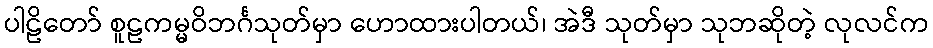
ပါဠိတော် စူဠကမ္မဝိဘင်္ဂသုတ်မှာ ဟောထားပါတယ်၊ အဲဒီ သုတ်မှာ သုဘဆိုတဲ့ လုလင်က